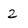
Character: 2